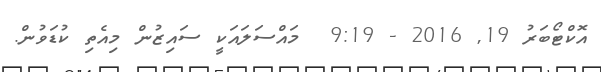
އޮކްޓޯބަރު 19